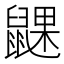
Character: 𬹮